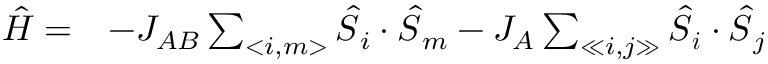
\begin{array} { r c } { \hat { H } = } & { - J _ { A B } \sum _ { < i , m > } \boldsymbol { \hat { S } } _ { i } \cdot \boldsymbol { \hat { S } } _ { m } - J _ { A } \sum _ { \ll i , j \gg } \boldsymbol { \hat { S } } _ { \boldsymbol { i } } \cdot \boldsymbol { \hat { S } } _ { j } } \end{array}